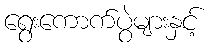
ရွေးကောက်ပွဲများနှင့်